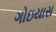
ગોઇયાસ